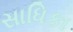
સાધિકા